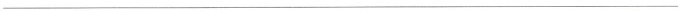
___